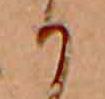
か